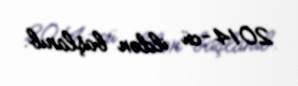
2014-cü ildən başlanıb.